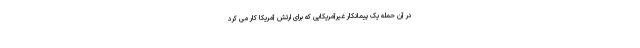
در آن حمله یک پیمانکار غیرآمریکایی که برای ارتش آمریکا کار می کرد